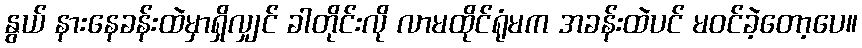
နွယ် နားနေခန်းထဲမှာရှိလျှင် ခါတိုင်းလို လာမထိုင်ရုံမက အခန်းထဲပင် မဝင်ခဲ့တော့ပေ။